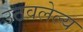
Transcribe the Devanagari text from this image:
उठवलेल्य